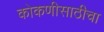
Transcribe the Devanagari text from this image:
कोकणीसाठीचा